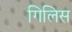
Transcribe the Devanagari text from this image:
गिलिस